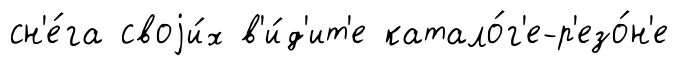
сн'е́га своjи́х в'и́д'ит'е катало́г'е-р'езо́н'е